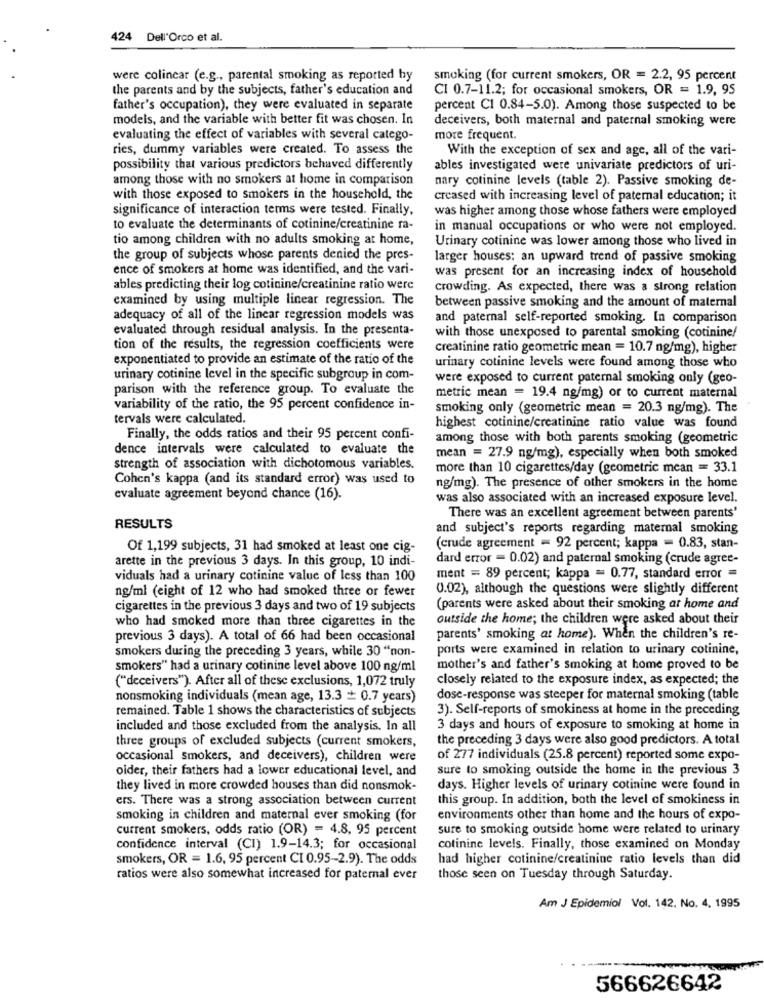
424 Dell'Orco et al.
were colincar (e.g ., parental smoking as reported hy
smoking (for current smokers, OR = 2.2, 95 percent
the parents and by the subjects, father's education and
CI 0.7-11.2; for occasional smokers, OR = 1.9, 95
father's occupation), they were evaluated in separate
percent CI 0.84-5.0). Among those suspected to be
models, and the variable with better fit was chosen. In
deceivers, both maternal and paternal smoking were
evaluating the effect of variables with several catego-
more frequent.
ries, dummy variables were created. To assess the
With the exception of sex and age, all of the vari-
possibility that various predictors behaved differently
ables investigated were univariate predictors of uri-
among those with no smokers at home in comparison
nary cotinine levels (table 2). Passive smoking de-
with those exposed to smokers in the household, the
creased with increasing level of paternal education; it
significance of interaction terms were tested. Finally,
was higher among those whose fathers were employed
to evaluate the determinants of cotinine/creatinine ra-
in manual occupations or who were not employed.
tio among children with no adults smoking at home,
Urinary cotinine was lower among those who lived in
the group of subjects whose parents denied the pres-
larger houses: an upward trend of passive smoking
ence of smokers at home was identified, and the vari-
was present for an increasing index of household
ables predicting their log cotinine/creatinine ratio were
crowding. As expected, there was a strong relation
examined by using multiple linear regression. The
between passive smoking and the amount of maternal
adequacy of all of the linear regression models was
and paternal self-reported smoking. In comparison
evaluated through residual analysis. In the presenta-
with those unexposed to parental smoking (cotinine/
tion of the results, the regression coefficients were
creatinine ratio geometric mean = 10.7 ng/mg), higher
exponentiated to provide an estimate of the ratio of the
urinary cotinine levels were found among those who
urinary cotinine level in the specific subgroup in com-
were exposed to current paternal smoking only (geo-
parison with the reference group. To evaluate the
metric mean = 19.4 ng/mg) or to current maternal
variability of the ratio, the 95 percent confidence in-
smoking only (geometric mean = 20.3 ng/mg). The
tervals were calculated.
highest cotinine/creatinine ratio value was found
Finally, the odds ratios and their 95 percent confi-
among those with both parents smoking (geometric
dence intervals were calculated to evaluate the
mean = 27.9 ng/mg), especially when both smoked
strength of association with dichotomous variables.
more than 10 cigarettes/day (geometric mean = 33.1
Cohen's kappa (and its standard error) was used to
ng/mg). The presence of other smokers in the home
evaluate agreement beyond chance (16).
was also associated with an increased exposure level.
There was an excellent agreement between parents'
RESULTS
and subject's reports regarding maternal smoking
Of 1,199 subjects, 31 had smoked at least one cig-
(crude agreement = 92 percent; kappa = 0.83, stan-
arette in the previous 3 days. In this group, 10 indi-
dard error = 0.02) and paternal smoking (crude agree-
viduals had a urinary cotinine value of less than 100
ment = 89 percent; kappa = 0.77, standard error =
ng/ml (eight of 12 who had smoked three or fewer
0.02), although the questions were slightly different
cigarettes in the previous 3 days and two of 19 subjects
(parents were asked about their smoking at home and
who had smoked more than three cigarettes in the
outside the home; the children were asked about their
previous 3 days). A total of 66 had been occasional
parents' smoking at home). When the children's re-
smokers during the preceding 3 years, while 30 "non-
ports were examined in relation to urinary cotinine,
smokers" had a urinary cotinine level above 100 ng/ml
mother's and father's smoking at home proved to be
closely related to the exposure index, as expected; the
("deceivers"). After all of these exclusions, 1,072 truly
nonsmoking individuals (mean age, 13.3 + 0.7 years)
dose-response was steeper for maternal smoking (table
remained. Table 1 shows the characteristics of subjects
3). Self-reports of smokiness at home in the preceding
included and those excluded from the analysis. In all
3 days and hours of exposure to smoking at home in
three groups of excluded subjects (current smokers,
the preceding 3 days were also good predictors. A total
occasional smokers, and deceivers), children were
of 277 individuals (25.8 percent) reported some expo-
older, their fathers had a lower educational level, and
sure to smoking outside the home in the previous 3
they lived in more crowded houses than did nonsmok-
days. Higher levels of urinary cotinine were found in
ers. There was a strong association between current
this group. In addition, both the level of smokiness in
smoking in children and maternal ever smoking (for
environments other than home and the hours of expo-
current smokers, odds ratio (OR) = 4.8, 95 percent
sure to smoking outside home were related to urinary
confidence interval (CI) 1.9-14.3; for occasional
cotinine levels. Finally, those examined on Monday
smokers, OR = 1.6, 95 percent CI 0.95-2.9). The odds
had higher cotinine/creatinine ratio levels than did
ratios were also somewhat increased for paternal ever
those seen on Tuesday through Saturday.
Am J Epidemiol Vol. 142, No. 4. 1995
566626642